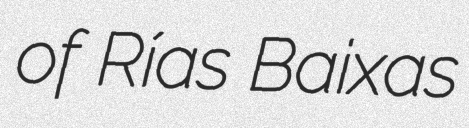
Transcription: of Rías Baixas